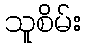
သူစိမ်း